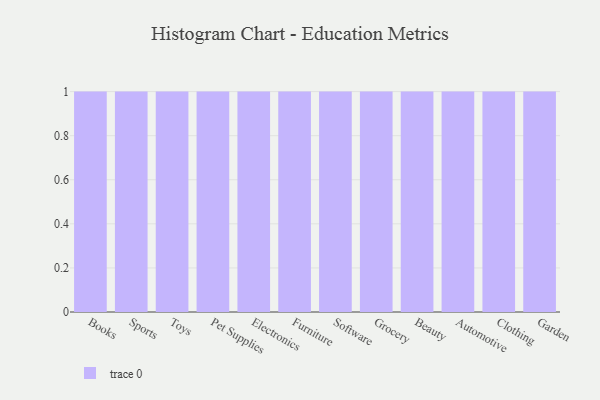
{"axis": {"x": "Category", "y": "Gross Profit (USD K)"}, "legend": [""], "data": [{"x": "Books", "y": 7, "type": ""}, {"x": "Sports", "y": 75, "type": ""}, {"x": "Toys", "y": 66, "type": ""}, {"x": "Pet Supplies", "y": 59, "type": ""}, {"x": "Electronics", "y": 51, "type": ""}, {"x": "Furniture", "y": 80, "type": ""}, {"x": "Software", "y": 6, "type": ""}, {"x": "Grocery", "y": 83, "type": ""}, {"x": "Beauty", "y": 55, "type": ""}, {"x": "Automotive", "y": 41, "type": ""}, {"x": "Clothing", "y": 52, "type": ""}, {"x": "Garden", "y": 34, "type": ""}]}